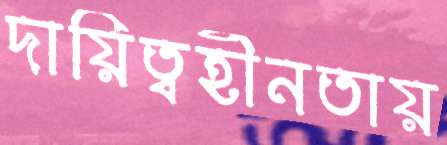
দায়িত্বহীনতায়